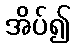
အိပ်၍